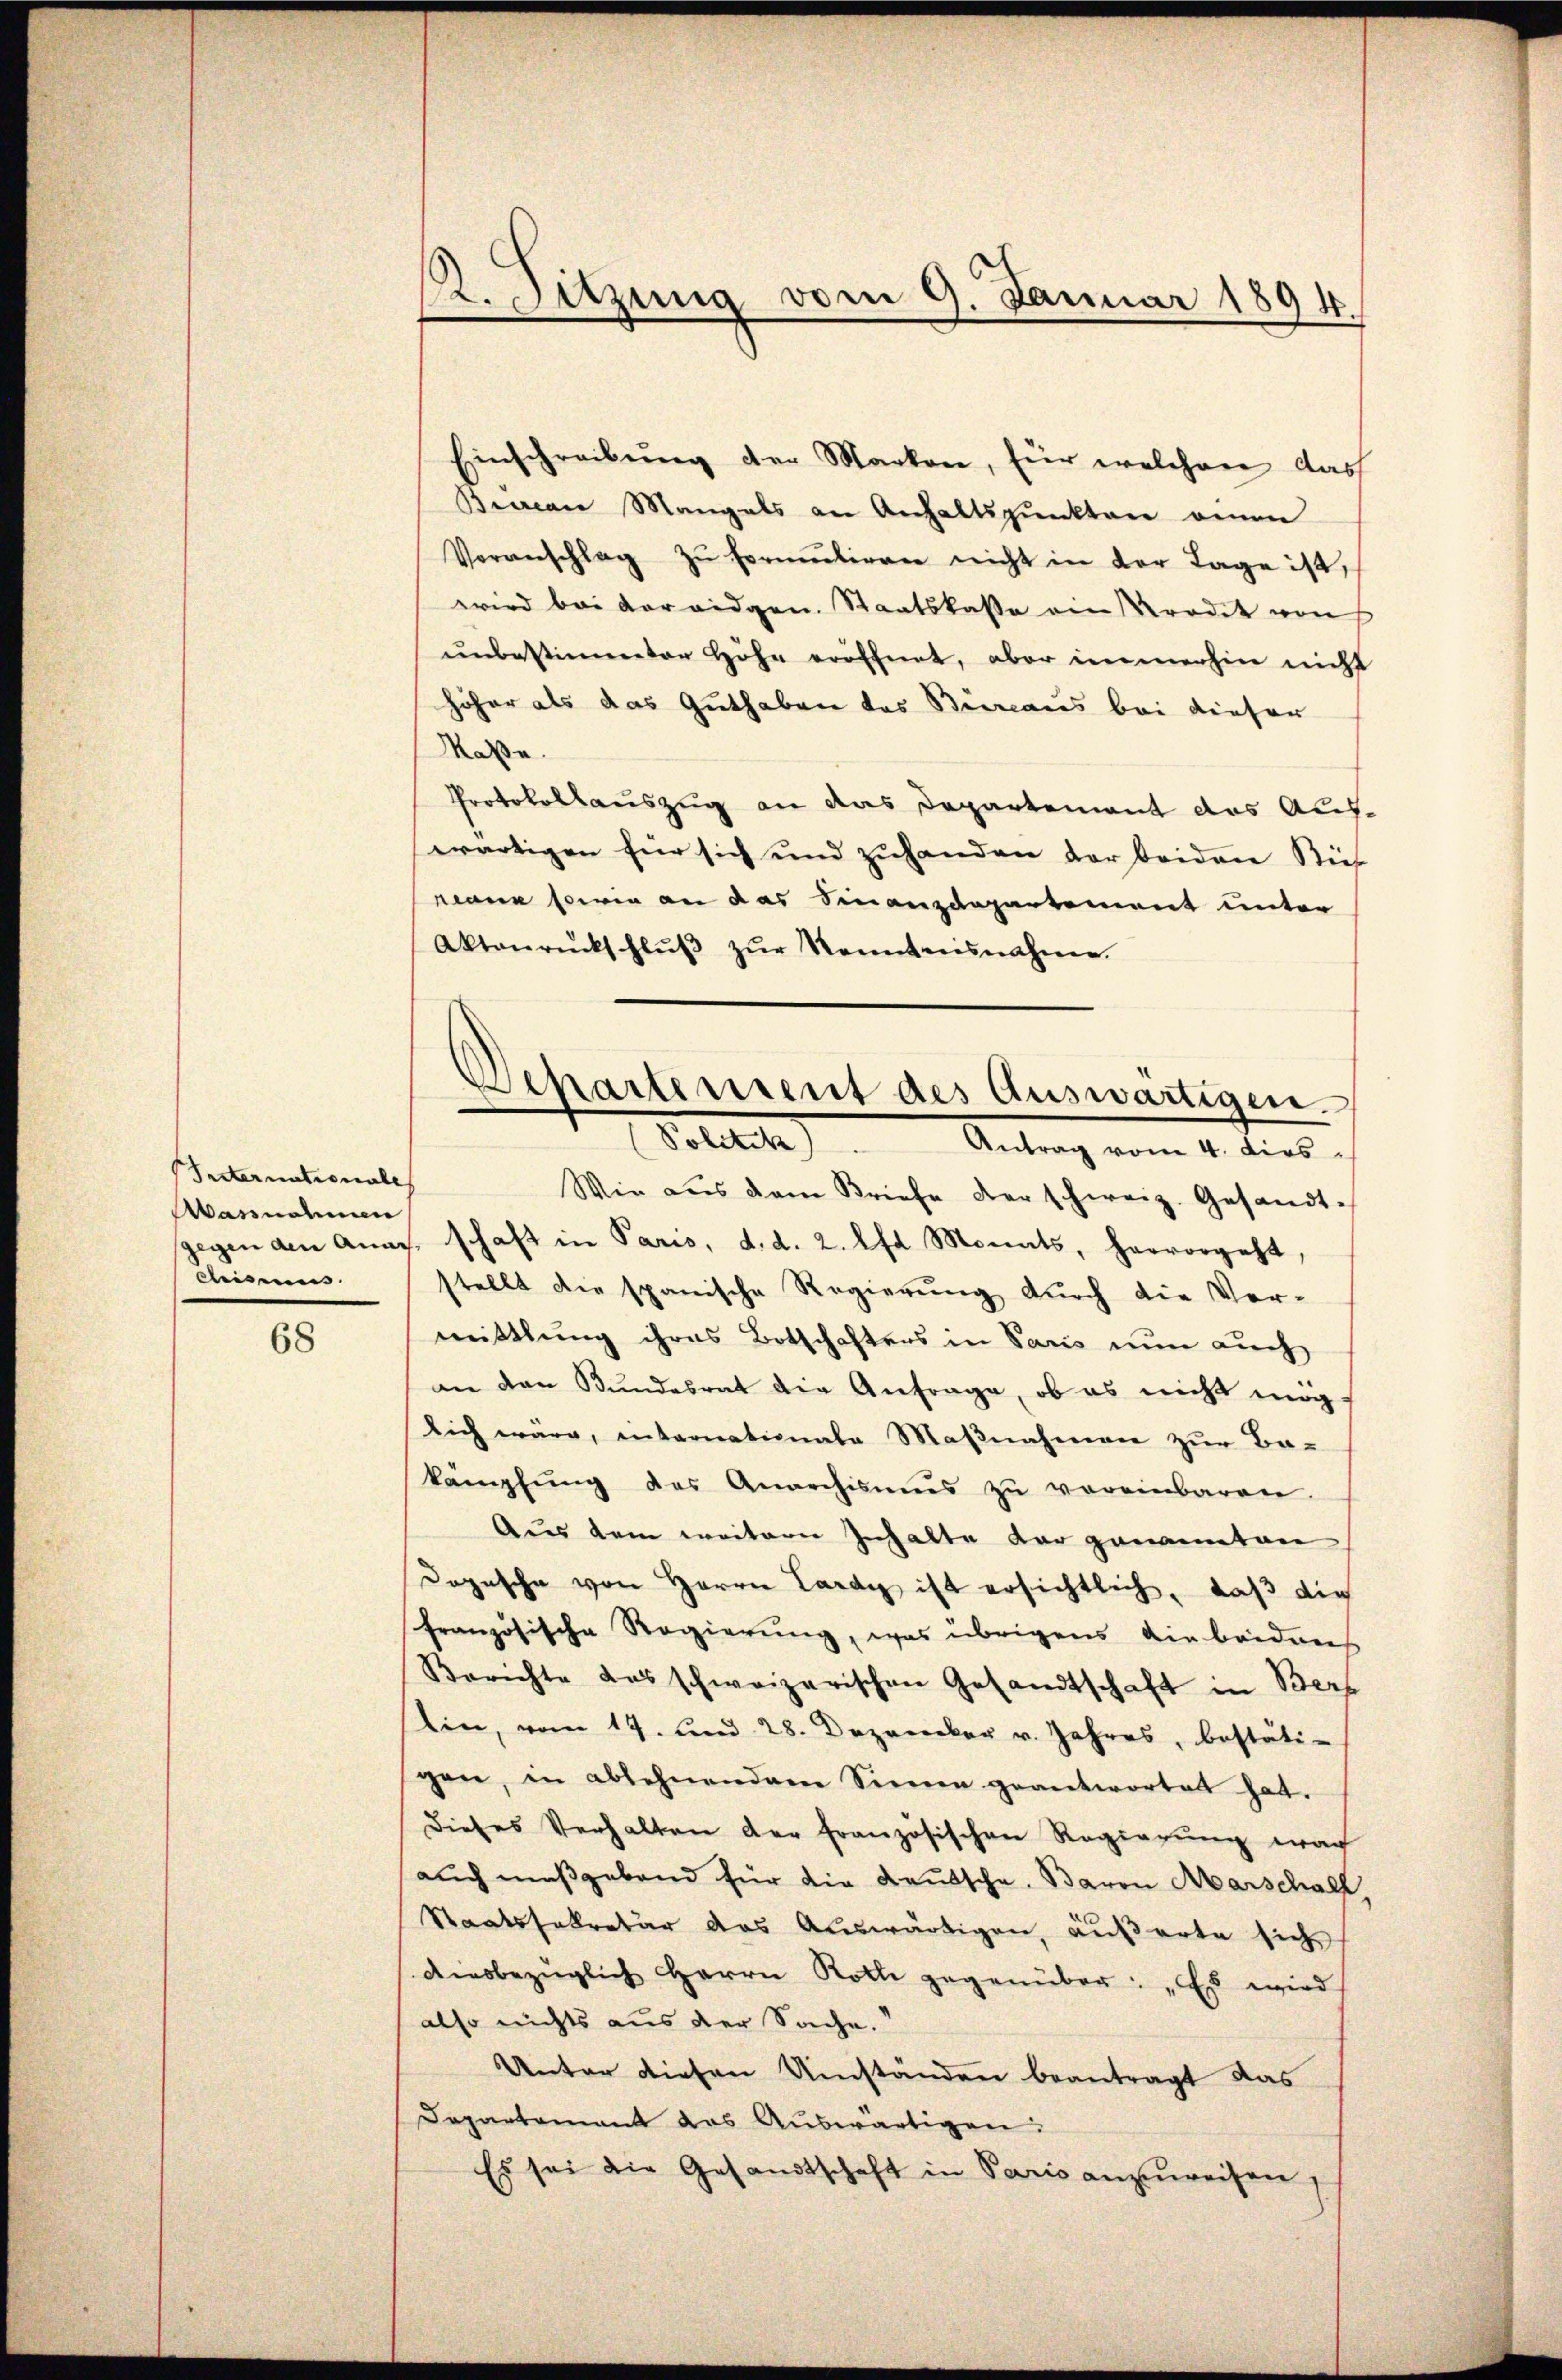
Internationale
assnahmen
Reisen

68

. Sitzung vom 9. Januar 1894.

Einschreibŭng der Marken, für welchen dass
Bevan Mangels an Anhaltspunkten einen
Veranschlag zŭ formŭtiren nicht in der Tage ist,
wird bei der eidgen. Staatskasse ein Prodit von
unbestimmter Höhe eröffnet, aber immerhin nicht
höher als das Guthaben des Bieraus bei dieser
Maße.
Protokollauszug an das Departement das Aufwärtigen für sich und zuhanden der beiden Sieh
rane sowie an das Finanzdepartement unter
Aktonrückschlŭβ zŭr Kenntnisnahme.
Wie aus dem Briefe der schweiz. Gesandt-
gegen den Anas, schaft in Paris, d. d. 2. lfd Monats, hervorgeht,
stellt die spanische Regierung durch die Vormittlung ihres Botschafters in Paris nun auch
an den Bundesrat die Anfrage, ob es nicht möglich wäre, internationale Maßnahmen zur Be-
kämpfŭng des Anarchismus zŭ vereinbaren.
Aus dem weitern Inhalte der genannten
Dopische von Herrn Lardy, ist ersichtlich, daß die
französische Regierung, was übrigens die beidens
Berichte das schweizerischen Gesandtschaft in Ber
lin, vom 17. und 28. Dezember v. Jahres, bestäti-
gen, in ablehnendem Sinne geantwortet hat.
Dieses Verhalten der französischen Regierung nach
auch maßgebend für die Kautsche, Baron Marschaft,
Staatssekretär das Auswärtigen, äußerte sich
Aiesbezüglich Herrn Roth gegenüber: „Es wird
also nichts aus der Sache.
Unter diesen Umständen beantragt das
Departement das Auswärtigen.
Es sei die Gesandtschaft in Paris anzuweisen,

Departement des Auswärtigen.
Volette
Antrag vom 4. dies